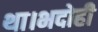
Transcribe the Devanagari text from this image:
था।भदोही